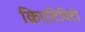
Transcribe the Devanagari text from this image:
क्रिएटिविटी